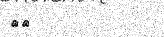
٣٧